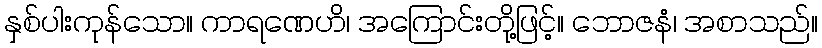
နှစ်ပါးကုန်သော။ ကာရဏေဟိ၊ အကြောင်းတို့ဖြင့်။ ဘောဇနံ၊ အစာသည်။